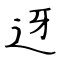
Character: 迓